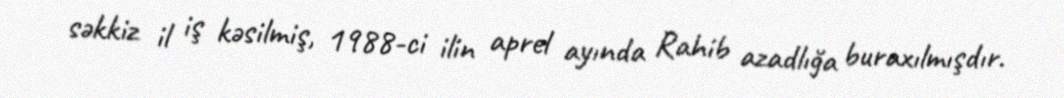
səkkiz il iş kəsilmiş, 1988-ci ilin aprel ayında Rahib azadlığa buraxılmışdır.